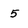
Character: 5